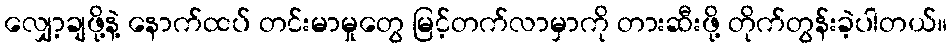
လျှော့ချဖို့နဲ့ နောက်ထပ် တင်းမာမှုတွေ မြင့်တက်လာမှာကို တားဆီးဖို့ တိုက်တွန်းခဲ့ပါတယ်။